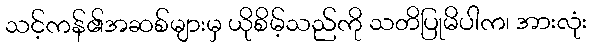
သင့်ကန်၏အဆစ်များမှ ယိုစိမ့်သည်ကို သတိပြုမိပါက၊ အားလုံး